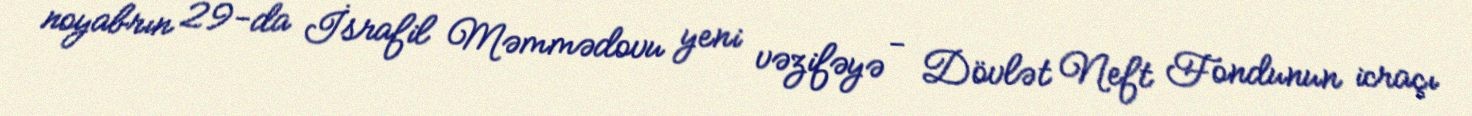
noyabrın 29-da İsrafil Məmmədovu yeni vəzifəyə - Dövlət Neft Fondunun icraçı